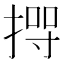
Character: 𢰊